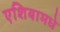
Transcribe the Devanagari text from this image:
एशियामधे